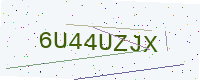
Text: 6U44UZJX